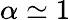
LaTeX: \alpha\simeq 1